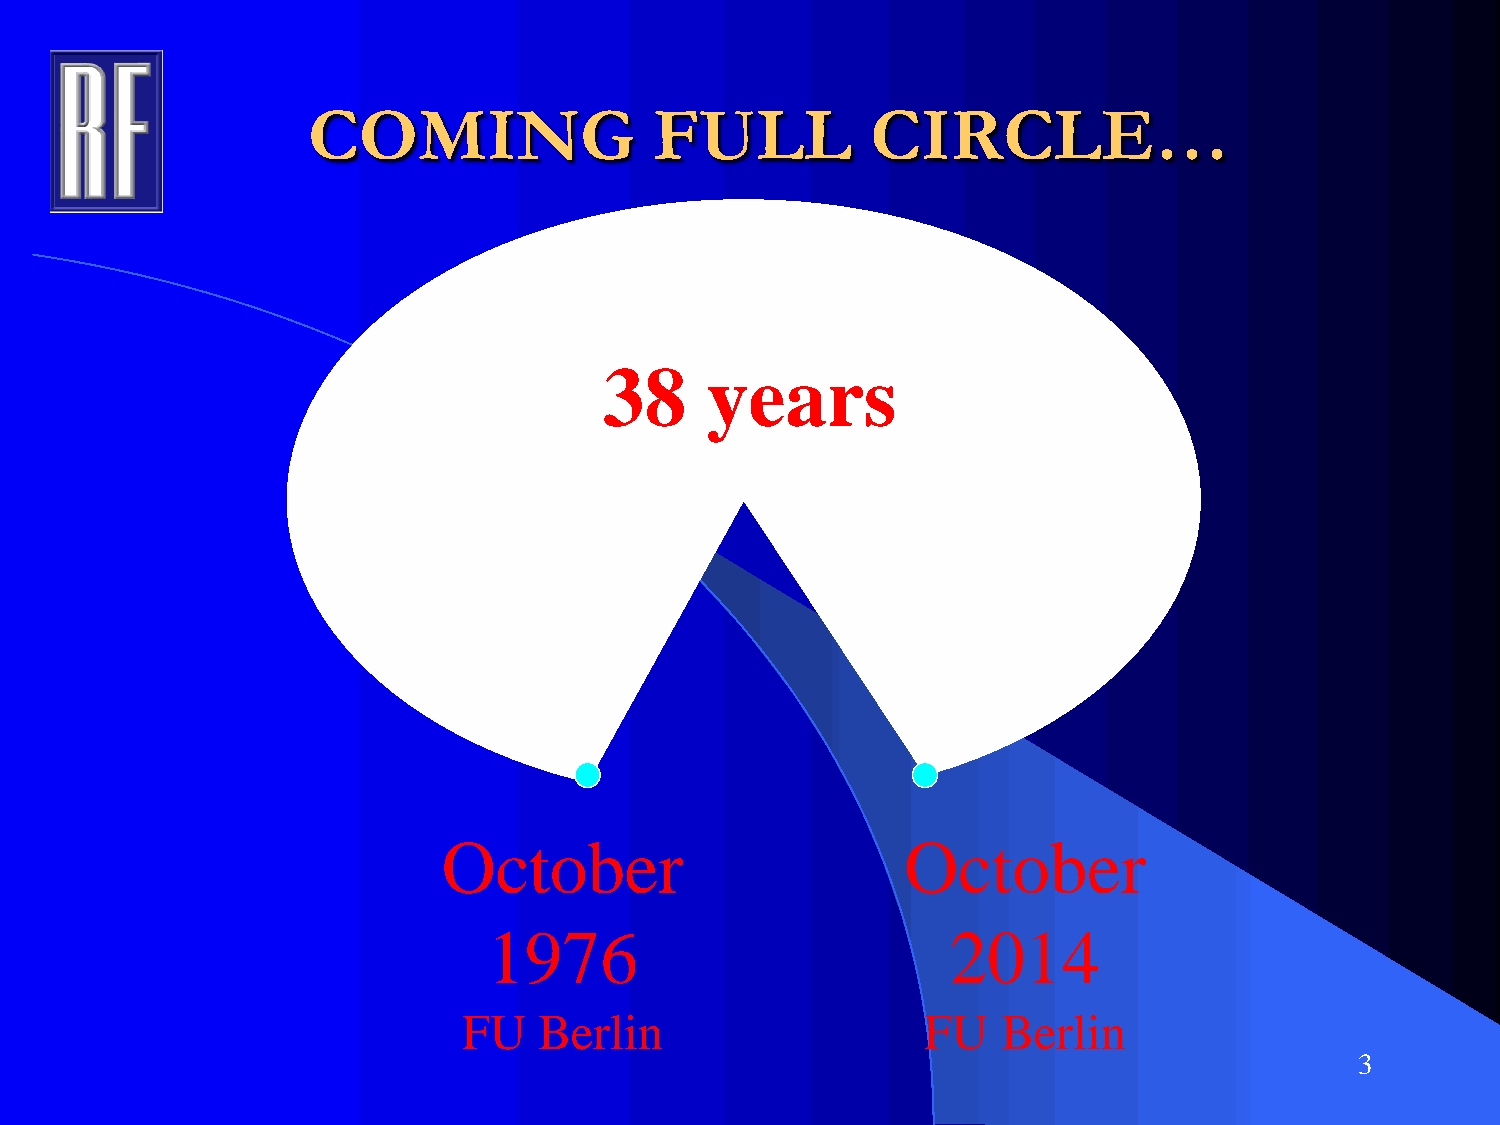
COMING                 FULL           CIRCLE…
 38     years
 October                        October
 1976                           2014
 FU   Berlin                   FU   Berlin
 3